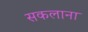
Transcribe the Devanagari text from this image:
सकलाना